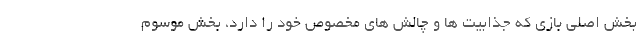
بخش اصلی بازی که جذابیت ها و چالش های مخصوص خود را دارد، بخش موسوم